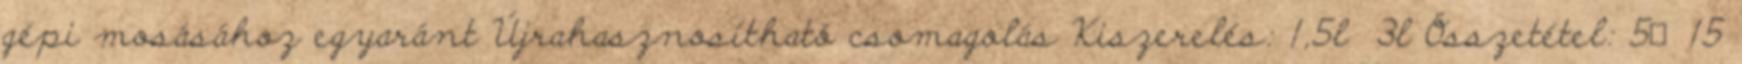
gépi mosásához egyaránt Újrahasznosítható csomagolás Kiszerelés: 1,5l 3l Összetétel: 5‐15